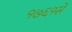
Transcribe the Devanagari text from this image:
१७६१से